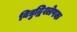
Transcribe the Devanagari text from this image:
विद्युद्विश्लेषक